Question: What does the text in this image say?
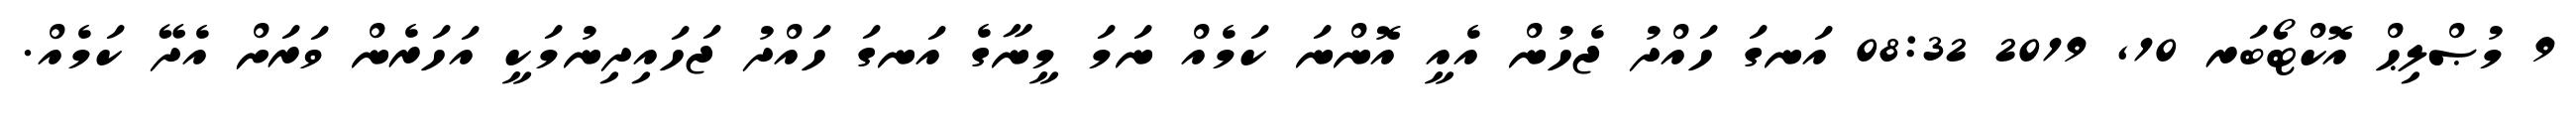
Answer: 9 މުޞްލިޙް އޮކްޓޯބަރ 10, 2019 08:32 އަނގަ ހައްދު ޖެހުން އެއީ އޮންނަ ކަމެއް ނަމަ މީނާގެ އަނގަ ހައްދު ޖަހައިދިނުމަކީ އަހަރެން ވަރަށް އެދޭ ކަމެއް.